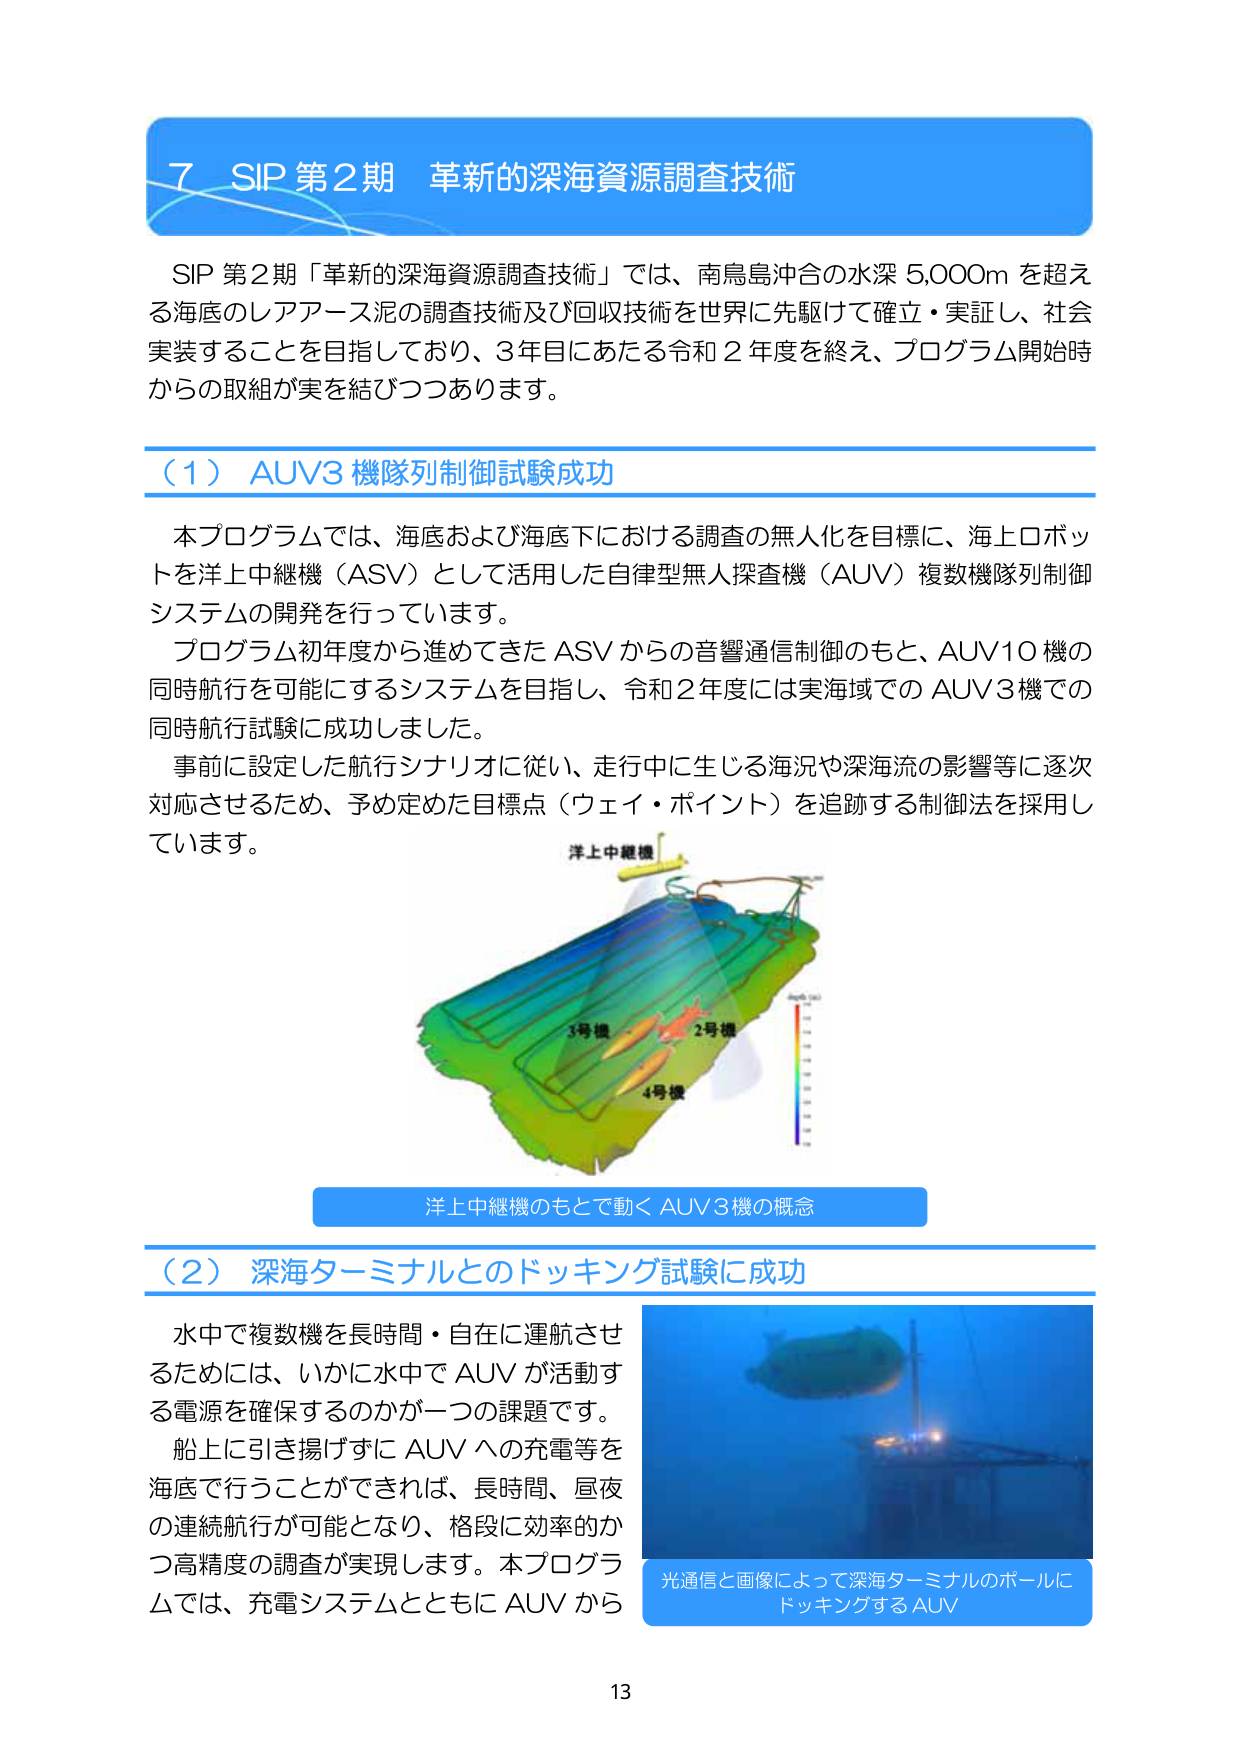
7 SIP 第2期 革新的深海資源調査技術

SIP 第2期「革新的深海資源調査技術」では、南鳥島沖合の水深 5,000m を超える海底のレアアース泥の調査技術及び回収技術を世界に先駆けて確立・実証し、社会実装することを目指しており、3年目にあたる令和2年度を終え、プログラム開始時からの取組が実を結びつつあります。

（1）AUV3 機隊列制御試験成功

本プログラムでは、海底および海底下における調査の無人化を目標に、海上ロボットを洋上中継機（ASV）として活用した自律型無人探査機（AUV）複数機隊列制御システムの開発を行っています。
プログラム初年度から進めてきた ASVからの音響通信制御のもと、AUV10機の同時航行を可能にするシステムを目指し、令和2年度には実海域でのAUV3機での同時航行試験に成功しました。
事前に設定した航行シナリオに従い、走行中に生じる海況や深海流の影響等に逐次対応させるため、予め定めた目標点（ウェイ・ポイント）を追跡する制御法を採用しています。

洋上中継機
1号機
2号機
4号機
depth (m)

洋上中継機のもとで動く AUV3機の概念

（2）深海ターミナルとのドッキング試験に成功

水中で複数機を長時間・自在に運航させるためには、いかに水中でAUVが活動する電源を確保するのかが一つの課題です。
船上に引き揚げずにAUVへの充電等を海底で行うことができれば、長時間、昼夜の連続航行が可能となり、格段に効率的かつ高精度の調査が実現します。本プログラムでは、充電システムとともにAUVから

光通信と画像によって深海ターミナルのポールにドッキングするAUV

13